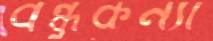
বন্ধুকন্যা